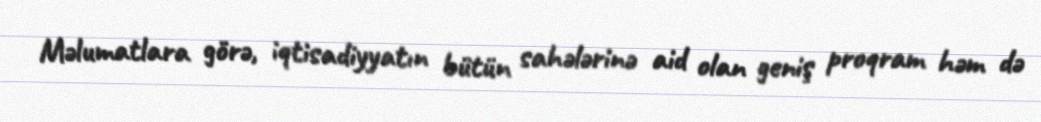
Məlumatlara görə, iqtisadiyyatın bütün sahələrinə aid olan geniş proqram həm də